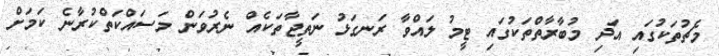
މެޗުތަކުގައި އަދި މުބާރާތްތަކުގައި ޓީމު ލައްވާ ރަނގަޅު ނަތީޖާތަކެއް ނެރުވަން މަސައްކަތްކުރާނެ ކަމަށް